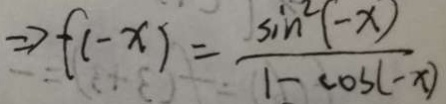
\Rightarrow f ( - x ) = \frac { \sin ^ { 2 } ( - x ) } { 1 - \cos ( - x ) }